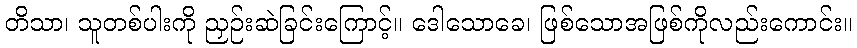
တိသာ၊ သူတစ်ပါးကို ညှဉ်းဆဲခြင်းကြောင့်။ ဒေါသောခေ၊ ဖြစ်သောအဖြစ်ကိုလည်းကောင်း။